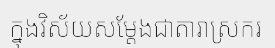
ក្នុងវិស័យសម្តែងជាតារាស្រករ